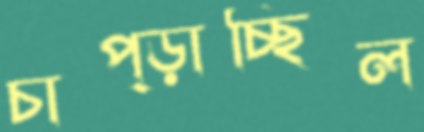
চাপ্‌ড়াচ্ছিল